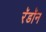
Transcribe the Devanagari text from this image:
रॅडॉन